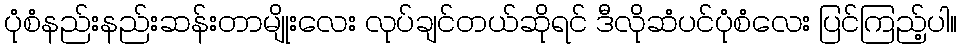
ပုံစံနည်းနည်းဆန်းတာမျိုးလေး လုပ်ချင်တယ်ဆိုရင် ဒီလိုဆံပင်ပုံစံလေး ပြင်ကြည့်ပါ။